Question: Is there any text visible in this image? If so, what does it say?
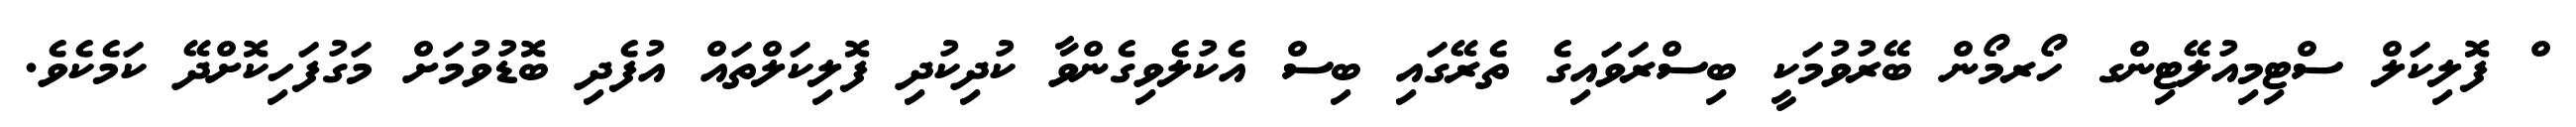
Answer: ް ފޮލިކަލް ސްޓިމިއުލޭޓިންގ ހޯރމޯން ބޭރުވުމަކީ ބިސްރަވައިގެ ތެރޭގައި ބިސް އެކުލެވިގެންވާ ކުދިކުދި ފޮލިކަލްތައް އުފެދި ބޮޑުވުމަށް މަގުފަހިކޮށްދޭ ކަމެކެވެ.